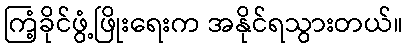
ကြံ့ခိုင်ဖွံ့ဖြိုးရေးက အနိုင်ရသွားတယ်။